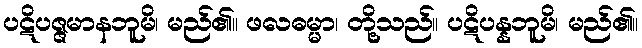
ပဋိပဇ္ဇမာနဘူမိ၊ မည်၏။ ဖလဓမ္မာ၊ တို့သည်။ ပဋိပန္နဘူမိ၊ မည်၏။